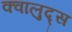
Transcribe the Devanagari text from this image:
क्वालुद्स